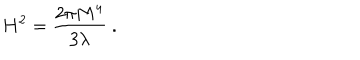
H ^ { 2 } = { \frac { 2 \pi M ^ { 4 } } { 3 \lambda } } \ .